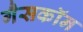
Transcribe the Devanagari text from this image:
गैसकॉन